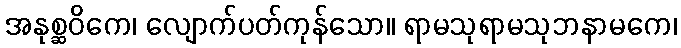
အနုစ္ဆဝိကေ၊ လျောက်ပတ်ကုန်သော။ ရာမသုရာမသုဘနာမကေ၊